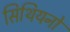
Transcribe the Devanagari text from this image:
सिथियनो